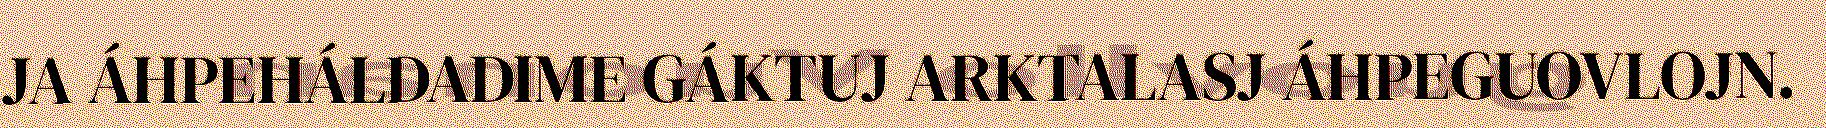
JA ÁHPEHÁLDADIME GÁKTUJ ARKTALASJ ÁHPEGUOVLOJN.